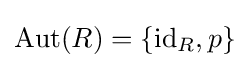
\operatorname {Aut} (R)=\{\operatorname {id} _{R},p\}